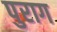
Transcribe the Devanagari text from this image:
पुराग